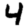
Digit: 4